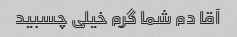
آقا دم شما گرم خیلی چسبید